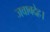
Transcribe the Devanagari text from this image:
जवाबदेह।